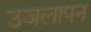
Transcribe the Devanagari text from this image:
उजलापन